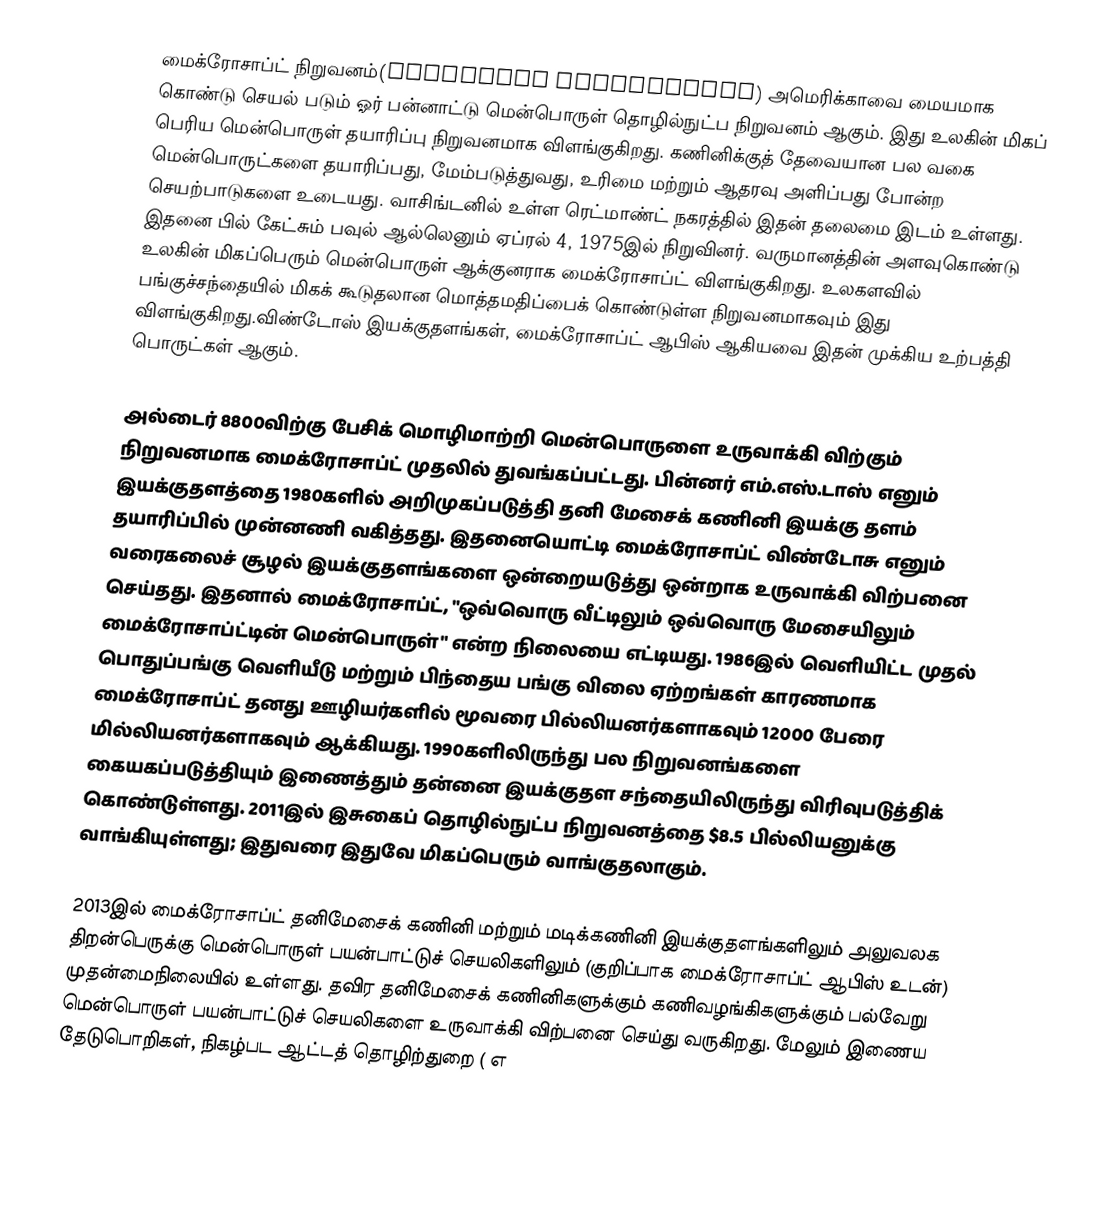
மைக்ரோசாப்ட் நிறுவனம்(Microsoft Corporation) அமெரிக்காவை மையமாக கொண்டு செயல் படும் ஓர் பன்னாட்டு மென்பொருள் தொழில்நுட்ப நிறுவனம் ஆகும். இது உலகின் மிகப் பெரிய மென்பொருள் தயாரிப்பு நிறுவனமாக விளங்குகிறது. கணினிக்குத் தேவையான பல வகை மென்பொருட்களை தயாரிப்பது, மேம்படுத்துவது, உரிமை மற்றும் ஆதரவு அளிப்பது போன்ற செயற்பாடுகளை உடையது. வாசிங்டனில் உள்ள ரெட்மாண்ட் நகரத்தில் இதன் தலைமை இடம் உள்ளது. இதனை  பில் கேட்சும்  பவுல் ஆல்லெனும்  ஏப்ரல் 4, 1975இல் நிறுவினர். வருமானத்தின் அளவுகொண்டு உலகின் மிகப்பெரும் மென்பொருள் ஆக்குனராக மைக்ரோசாப்ட் விளங்குகிறது. உலகளவில் பங்குச்சந்தையில் மிகக் கூடுதலான மொத்தமதிப்பைக் கொண்டுள்ள  நிறுவனமாகவும் இது விளங்குகிறது.விண்டோஸ் இயக்குதளங்கள், மைக்ரோசாப்ட் ஆபிஸ் ஆகியவை இதன் முக்கிய உற்பத்தி பொருட்கள் ஆகும்.

அல்டைர் 8800விற்கு பேசிக் மொழிமாற்றி  மென்பொருளை உருவாக்கி விற்கும் நிறுவனமாக மைக்ரோசாப்ட் முதலில் துவங்கப்பட்டது. பின்னர் எம்.எஸ்.டாஸ் எனும் இயக்குதளத்தை 1980களில் அறிமுகப்படுத்தி  தனி மேசைக் கணினி இயக்கு தளம்  தயாரிப்பில் முன்னணி வகித்தது. இதனையொட்டி மைக்ரோசாப்ட் விண்டோசு  எனும் வரைகலைச் சூழல் இயக்குதளங்களை ஒன்றையடுத்து ஒன்றாக உருவாக்கி விற்பனை செய்தது. இதனால் மைக்ரோசாப்ட், "ஒவ்வொரு வீட்டிலும் ஒவ்வொரு மேசையிலும் மைக்ரோசாப்ட்டின் மென்பொருள்" என்ற நிலையை எட்டியது. 1986இல் வெளியிட்ட  முதல் பொதுப்பங்கு வெளியீடு மற்றும் பிந்தைய பங்கு விலை ஏற்றங்கள் காரணமாக மைக்ரோசாப்ட் தனது ஊழியர்களில் மூவரை பில்லியனர்களாகவும் 12000 பேரை மில்லியனர்களாகவும் ஆக்கியது. 1990களிலிருந்து  பல நிறுவனங்களை கையகப்படுத்தியும் இணைத்தும் தன்னை இயக்குதள சந்தையிலிருந்து விரிவுபடுத்திக் கொண்டுள்ளது. 2011இல் இசுகைப் தொழில்நுட்ப நிறுவனத்தை $8.5 பில்லியனுக்கு வாங்கியுள்ளது; இதுவரை இதுவே மிகப்பெரும் வாங்குதலாகும்.

2013இல் மைக்ரோசாப்ட் தனிமேசைக் கணினி மற்றும் மடிக்கணினி இயக்குதளங்களிலும்  அலுவலக திறன்பெருக்கு மென்பொருள் பயன்பாட்டுச் செயலிகளிலும் (குறிப்பாக   மைக்ரோசாப்ட் ஆபிஸ் உடன்) முதன்மைநிலையில் உள்ளது. தவிர தனிமேசைக் கணினிகளுக்கும் கணிவழங்கிகளுக்கும் பல்வேறு மென்பொருள் பயன்பாட்டுச் செயலிகளை உருவாக்கி விற்பனை செய்து வருகிறது. மேலும் இணைய தேடுபொறிகள், நிகழ்பட ஆட்டத் தொழிற்துறை ( எ